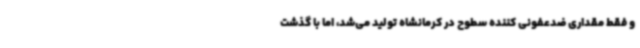
و فقط مقداری ضدعفونی کننده سطوح در کرمانشاه تولید می‌شد، اما با گذشت